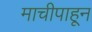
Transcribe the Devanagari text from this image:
माचीपाहून